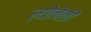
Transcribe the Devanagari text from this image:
ल्योनेली